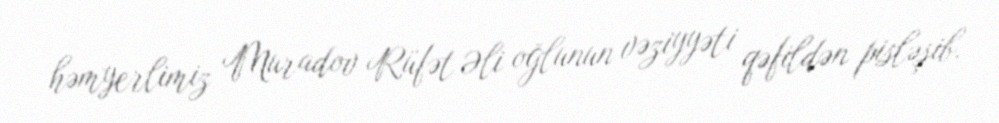
həmyerlimiz Muradov Rüfət Əli oğlunun vəziyyəti qəfildən pisləşib.